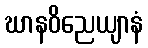
ဃာနဝိညေယျာနံ